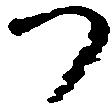
つ